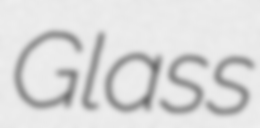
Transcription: Glass